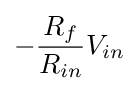
-{\frac {R_{f}}{R_{in}}}V_{in}